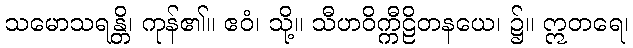
သမောသရန္တိ၊ ကုန်၏။ ဧဝံ၊ သို့။ သီဟဝိက္ကီဠိတနယေ၊ ၌။ ဣတရေ၊